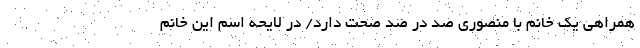
همراهی یک خانم با منصوری صد در صد صحت دارد/ در لایحه اسم این خانم